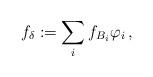
LaTeX: \begin{align*}f_\delta:=\sum_i f_{B_i}\varphi_i\,,\end{align*}